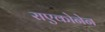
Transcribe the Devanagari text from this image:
राएकोनेन